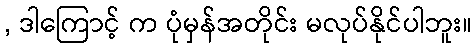
, ဒါကြောင့် က ပုံမှန်အတိုင်း မလုပ်နိုင်ပါဘူး။